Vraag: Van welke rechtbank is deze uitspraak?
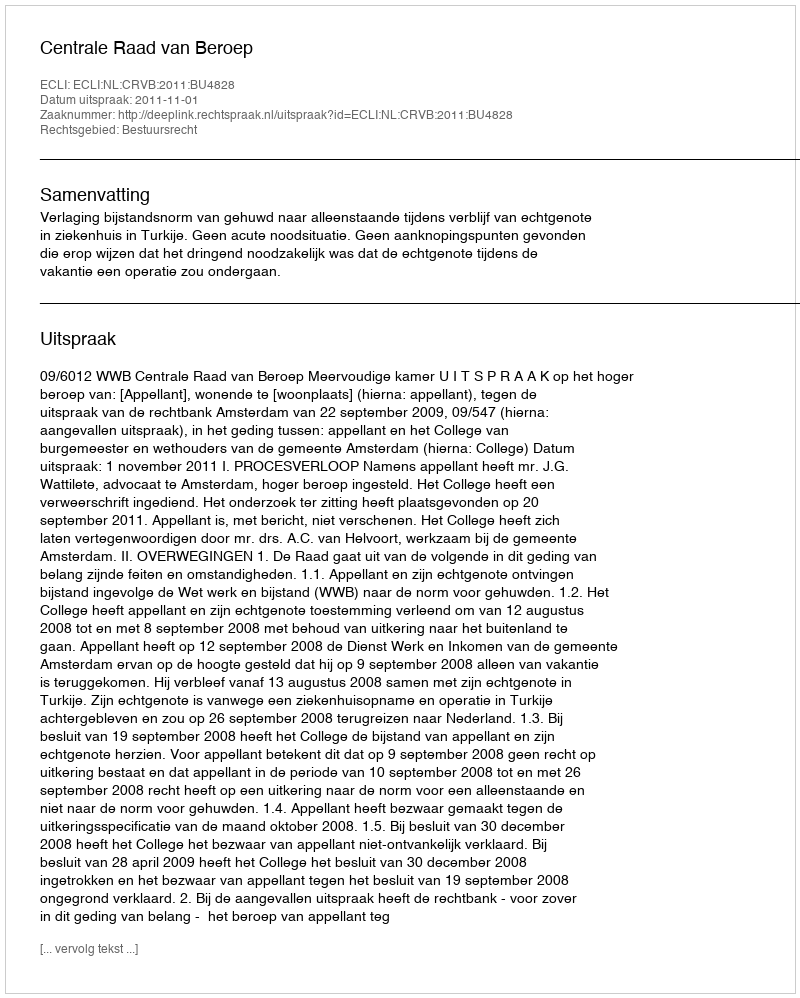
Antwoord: Centrale Raad van Beroep